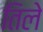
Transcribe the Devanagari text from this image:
तिले